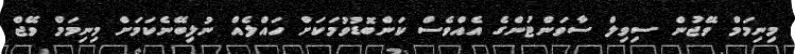
މިނިމަމް ވޭޖުން ސިވިލް ސާވަންޓުންގެ އެއްވެސް ކަންބޮޑުވުމަކަށް ހައްލެއް ނުލިބޭނެކަމަށް މިނިމަމް ވޭޖް